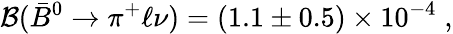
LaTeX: {\cal B}(\bar{B}^{0}\to\pi^{+}\ell\nu)=(1.1\pm 0.5)\times 10^{-4}\; ,